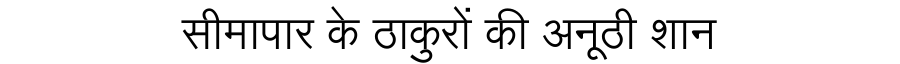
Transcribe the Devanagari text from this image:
सीमापार के ठाकुरों की अनूठी शान